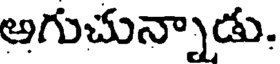
అగుచున్నాడు.